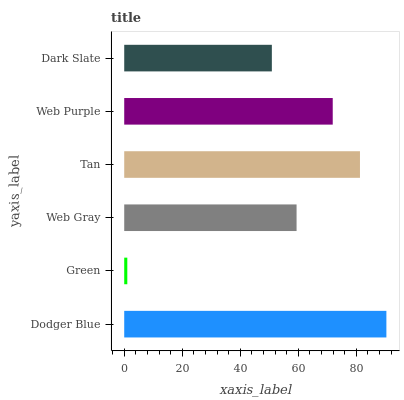
| yaxis_label | bars |
 | --- | --- |
 | Dodger Blue | 90.3 |
 | Green | 1.06 |
 | Web Gray | 59.4 |
 | Tan | 81.2 |
 | Web Purple | 71.9 |
 | Dark Slate | 50.9 |